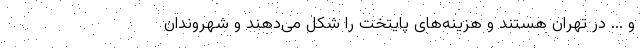
و ... در تهران هستند و هزینه‌های پایتخت را شکل می‌دهند و شهروندان